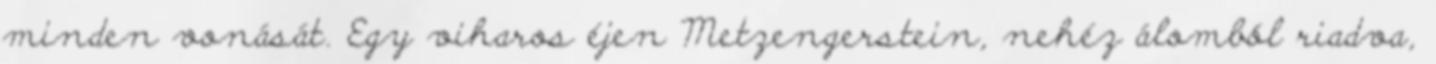
minden vonását. Egy viharos éjen Metzengerstein, nehéz álomból riadva,